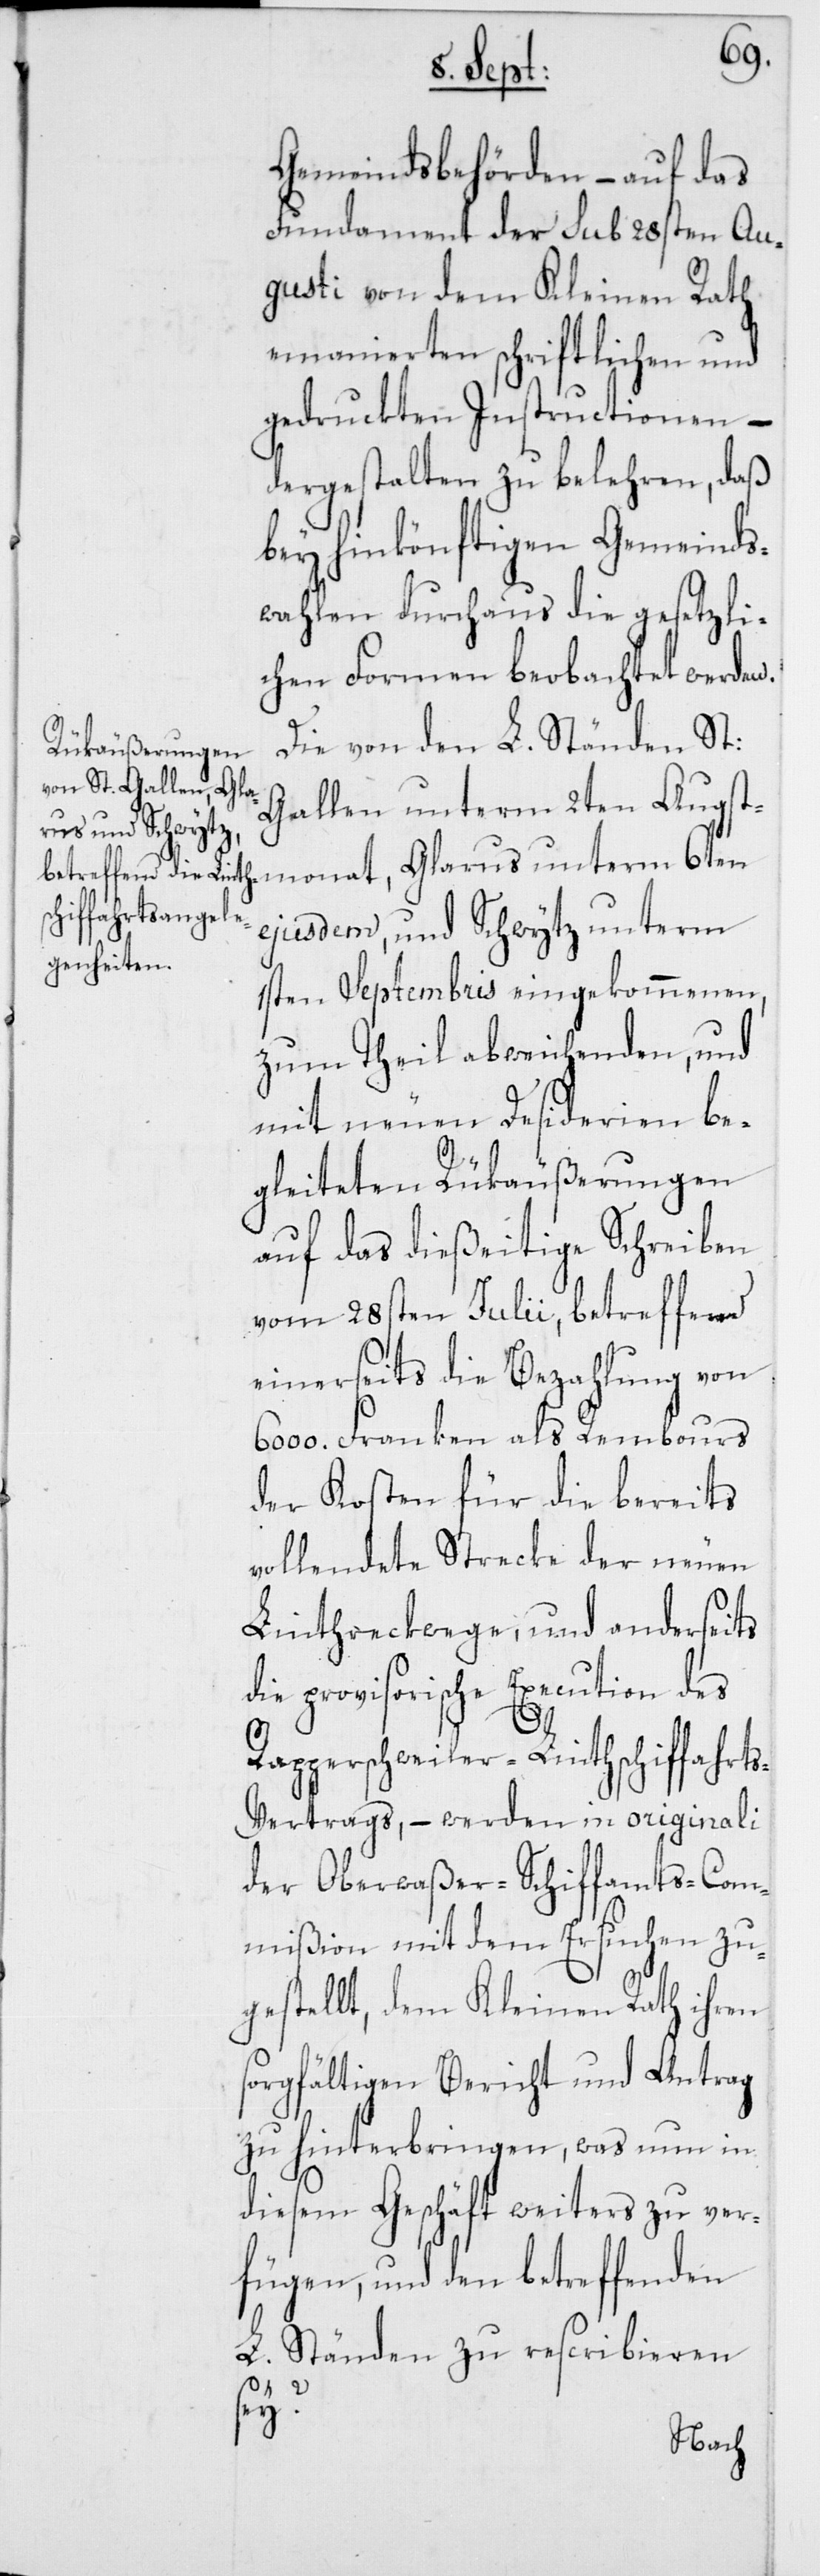
Gemeindsbehörden – auf das
Fundament der sub 28sten Au¬
gusti von dem Kleinen Rath
emanierten schriftlichen und
gedruckten Instructionen –
dergestalten zu belehren, daß
bey hinkönftigen Gemeinds¬
wahlen durchaus die gesetzli¬
chen Formen beobachtet werden.
Die von den L. Ständen St:
Gallen unterm 2ten Augstm¬
ejusdem, und Schwytz unterm
1sten Septembris eingekommenen,
zum Theil abweichenden, und
mit neuen Desiderien be¬
gleiteten Rükäußerungen
auf das dießeitige Schreiben
vom 28sten Julii, betreffend
einerseits die Bezahlung von
6000. Franken als Rembours
der Kosten für die bereits
vollendete Strecke der neuen
Linthreckwege, und anderseits
e provisorische Execution des
Rapperschweiler-Linthschiffahrt¬
s-Vertrags, – werden in originali
der Oberwaßer-Schiffamts-Com¬
mißion mit dem Ersuchen zu¬
gestellt, dem Kleinen Rath ihren
sorgfältigen Bericht und Antrag
zu hinterbringen, was nun in
diesem Geschäft weiters zu ver¬
fügen, und den betreffenden
L. Ständen zu rescribieren
sey?